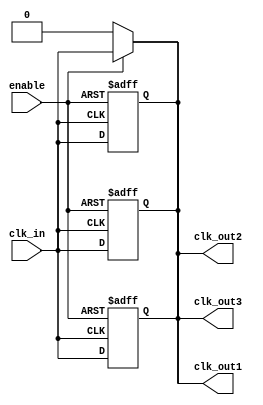
module basic_clock_buffer (
    input wire clk_in,        // Input clock signal
    input wire enable,        // Enable signal
    output wire clk_out1,     // Output clock signal 1
    output wire clk_out2,     // Output clock signal 2
    output wire clk_out3      // Output clock signal 3
);

    // Internal signal for buffered clock
    wire clk_buffered;

    // Buffering the input clock signal
    // This can be replaced with a more sophisticated buffer if needed
    assign clk_buffered = clk_in;

    // Output drivers
    assign clk_out1 = enable ? clk_buffered : 1'b0; // Output 1
    assign clk_out2 = enable ? clk_buffered : 1'b0; // Output 2
    assign clk_out3 = enable ? clk_buffered : 1'b0; // Output 3

    // Optional: Add propagation delay simulation (for example purposes)
    // This can be adjusted based on actual requirements
    // Note: In real hardware, propagation delay is determined by the physical characteristics of the buffer
    // and is not typically modeled in Verilog.
    // Here we use a simple delay for simulation purposes.
    reg clk_out1_delayed, clk_out2_delayed, clk_out3_delayed;
    always @(posedge clk_buffered or negedge enable) begin
        if (!enable) begin
            clk_out1_delayed <= 1'b0;
            clk_out2_delayed <= 1'b0;
            clk_out3_delayed <= 1'b0;
        end else begin
            clk_out1_delayed <= clk_buffered;
            clk_out2_delayed <= clk_buffered;
            clk_out3_delayed <= clk_buffered;
        end
    end

    assign clk_out1 = clk_out1_delayed;
    assign clk_out2 = clk_out2_delayed;
    assign clk_out3 = clk_out3_delayed;

endmodule